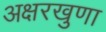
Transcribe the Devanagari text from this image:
अक्षरखुणा